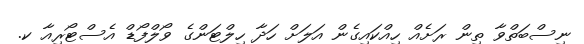
ނިސްބަތްވާ ތިން ރަށެއް ހިއްކައިގެން އަލަށް ހަދާ ހިލްޓަންގެ ވޯލްފޯޑް އެސްޓޯރިއާ ކ.